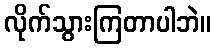
လိုက်သွားကြတာပါဘဲ။